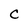
Character: C